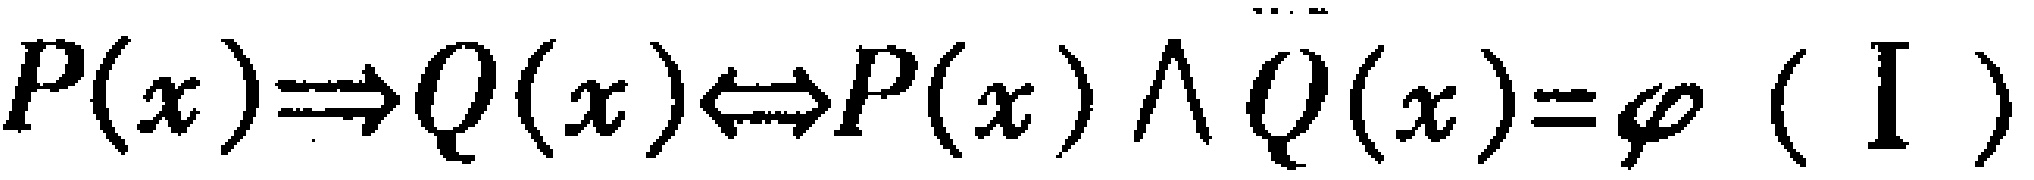
$P(x)\Rightarrow Q(x)\Leftrightarrow P(x)\land Q(x)=\varphi \ (\text{I})$